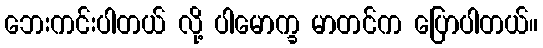
ဘေးကင်းပါတယ် လို့ ပါမောက္ခ မာတင်က ပြောပါတယ်။